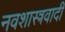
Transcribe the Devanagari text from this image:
नवशास्त्रवादी